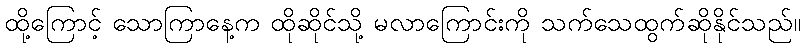
ထို့ကြောင့် သောကြာနေ့က ထိုဆိုင်သို့ မလာကြောင်းကို သက်သေထွက်ဆိုနိုင်သည်။